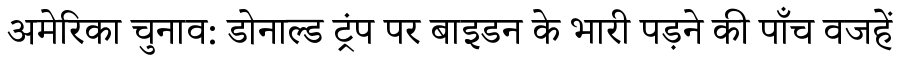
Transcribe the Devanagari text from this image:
अमेरिका चुनाव: डोनाल्ड ट्रंप पर बाइडन के भारी पड़ने की पाँच वजहें